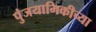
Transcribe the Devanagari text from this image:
पुंजयामिकीच्या